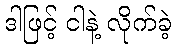
ဒါဖြင့် ငါနဲ့ လိုက်ခဲ့